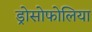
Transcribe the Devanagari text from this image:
ड्रोसोफोलिया